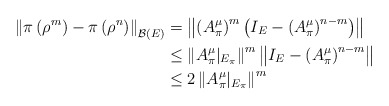
\begin{align*}\left\lVert \pi\left(\rho^m\right)-\pi\left(\rho^n\right)\right\rVert_{{\mathcal{B}}(E)} &= \left\lVert \left(A_\pi^\mu\right)^m \left(I_E-\left(A_\pi^\mu\right)^{n-m}\right)\right\rVert\\&\le \left\lVert A_\pi^\mu\vert_{E_\pi}\right\rVert^m \left\lVert I_E-\left(A_\pi^\mu\right)^{n-m}\right\rVert\\&\le 2 \left\lVert A_\pi^\mu\vert_{E_\pi}\right\rVert^m\end{align*}